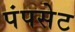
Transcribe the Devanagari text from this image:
पंपसेट